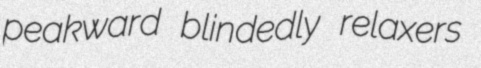
peakward blindedly relaxers